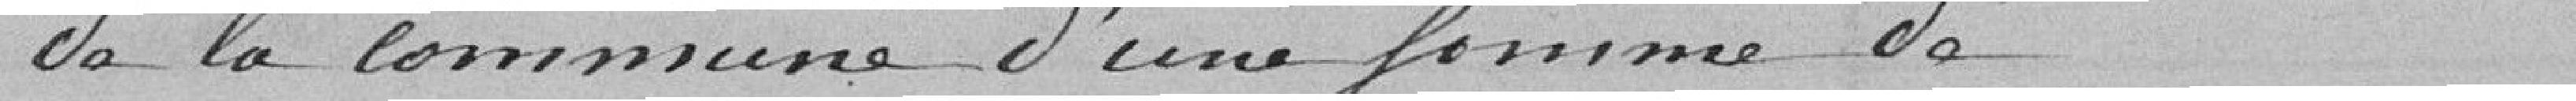
de la Commune d'une somme de